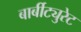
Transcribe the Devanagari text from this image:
बार्बीट्युरेट